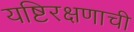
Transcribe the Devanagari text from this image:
यष्टिरक्षणाची